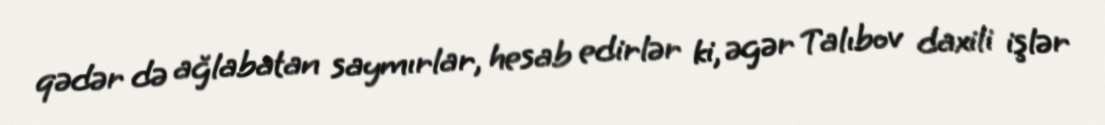
qədər də ağlabatan saymırlar, hesab edirlər ki, əgər Talıbov daxili işlər